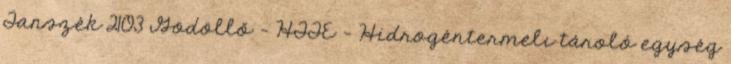
Tanszék 2103 Gödöllő - HTTE - Hidrogéntermelı tároló egység